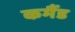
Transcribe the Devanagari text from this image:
कमैंड